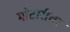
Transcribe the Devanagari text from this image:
मोटारीचा